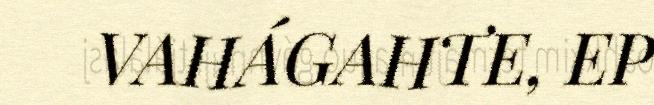
VAHÁGAHTE, EP